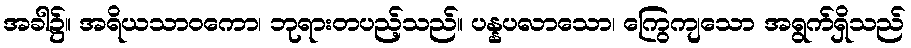
အခါ၌။ အရိယသာဝကော၊ ဘုရားတပည့်သည်။ ပန္နပလာသော၊ ကြွေကျသော အရွက်ရှိသည်